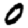
Digit: 0